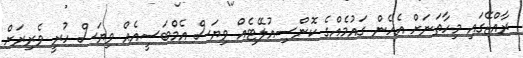
ރާއްޖޭގައި މިހާތަނަށް އެހެން ގައުމެއްގެ ކޮންސިއުލޭޓެއް ވިޔަސް އެމްބަސީއެއް ވިޔަސް ހުރީ ވެރިރަށް